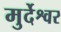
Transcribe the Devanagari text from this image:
मुर्देश्वर